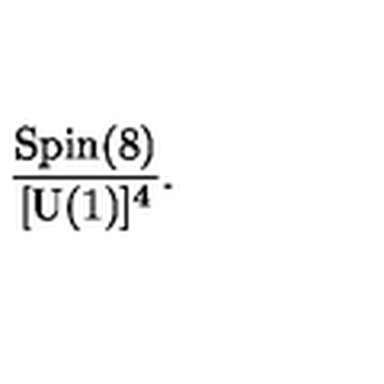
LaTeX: { \frac { \mathrm { S p i n } ( 8 ) } { [ \mathrm { U } ( 1 ) ] ^ { 4 } } } .